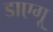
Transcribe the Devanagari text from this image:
डाएगू